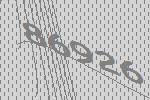
86926